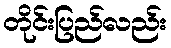
တိုင်းပြည်လည်း